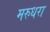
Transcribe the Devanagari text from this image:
मरुधरा